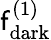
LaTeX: \mathsf{f}_{\mathrm{{dark}}}^{(1)}